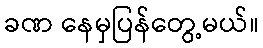
ခဏ နေမှပြန်တွေ့မယ်။